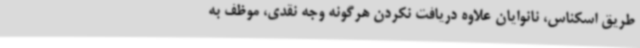
طریق اسکناس، نانوایان علاوه دریافت نکردن هرگونه وجه نقدی، موظف به